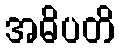
အဓိပတိ